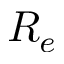
R _ { e }